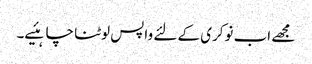
مجھے اب نوکری کے لئے واپس لوٹنا چاہئیے۔